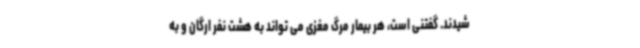
شیدند. گفتنی است، هر بیمار مرگ مغزی می تواند به هشت نفر ارگان و به